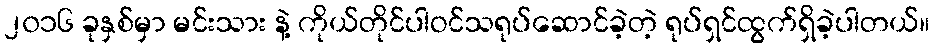
၂၀၁၆ ခုနှစ်မှာ မင်းသား နဲ့ ကိုယ်တိုင်ပါဝင်သရုပ်ဆောင်ခဲ့တဲ့ ရုပ်ရှင်ထွက်ရှိခဲ့ပါတယ်။